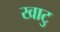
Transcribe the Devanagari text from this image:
खाटु